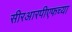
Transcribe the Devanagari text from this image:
सीरआरपीएफच्या